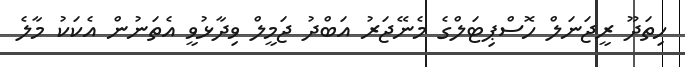
ހިތަދޫ ރީޖަނަލް ހޮސްޕިޓަލްގެ މެނޭޖަރު އަބްދު ޖަމީލް ވިދާޅުވީ އެތަނުން އެކަކު މާލެ